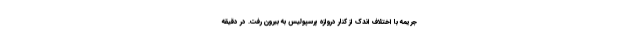
جریمه با اختلاف اندک از کنار دروازه پرسپولیس به بیرون رفت. در دقیقه